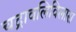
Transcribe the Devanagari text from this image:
चद्रावलिविलास